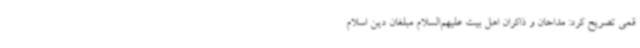
قمی تصریح کرد: مداحان و ذاکران اهل بیت علیهم‌السلام مبلغان دین اسلام